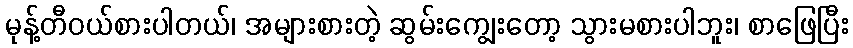
မုန့်တီဝယ်စားပါတယ်၊ အများစားတဲ့ ဆွမ်းကျွေးတော့ သွားမစားပါဘူး၊ စာဖြေပြီး